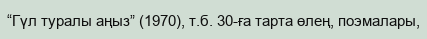
“Гүл туралы аңыз” (1970), т.б. 30-ға тарта өлең, поэмалары,